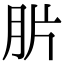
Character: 䏒